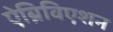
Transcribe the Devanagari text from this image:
ऐब्रिविएशन